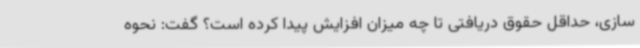
سازی، حداقل حقوق دریافتی تا چه میزان افزایش پیدا کرده است؟ گفت: نحوه